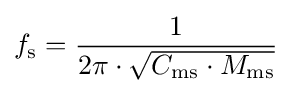
f_{\rm {s}}={\frac {1}{2\pi \cdot {\sqrt {C_{\rm {ms}}\cdot M_{\rm {ms}}}}}}